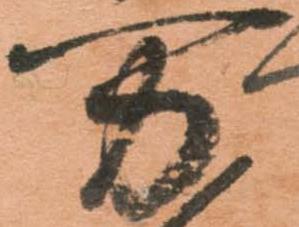
万